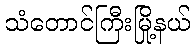
သံတောင်ကြီးမြို့နယ်